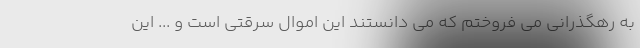
به رهگذرانی می فروختم که می دانستند این اموال سرقتی است و ... این